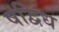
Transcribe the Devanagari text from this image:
षद्विध